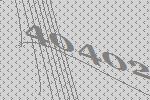
40402